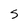
Character: 5